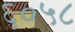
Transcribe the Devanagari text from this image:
६०५८